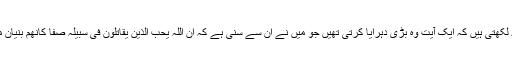
صدر لجنہ لکھتی ہیں کہ ایک آیت وہ بڑی دہرایا کرتی تھیں جو میں نے ان سے سنی ہے کہ اِنَّ اللّٰہَ یُحِبُّ الَّذِیْنَ یُقَاتِلُوْنَ فِیْ سَبِیْلِہٖ صَفًّا کَاَنَّھُمْ بُنْیَانٌ مَّرْصُوْصٌ۔